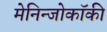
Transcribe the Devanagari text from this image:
मेनिन्जोकॉकी